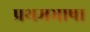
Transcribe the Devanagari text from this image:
प्रथमभाषा